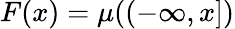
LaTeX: F(x)=\mu((-\infty,x])